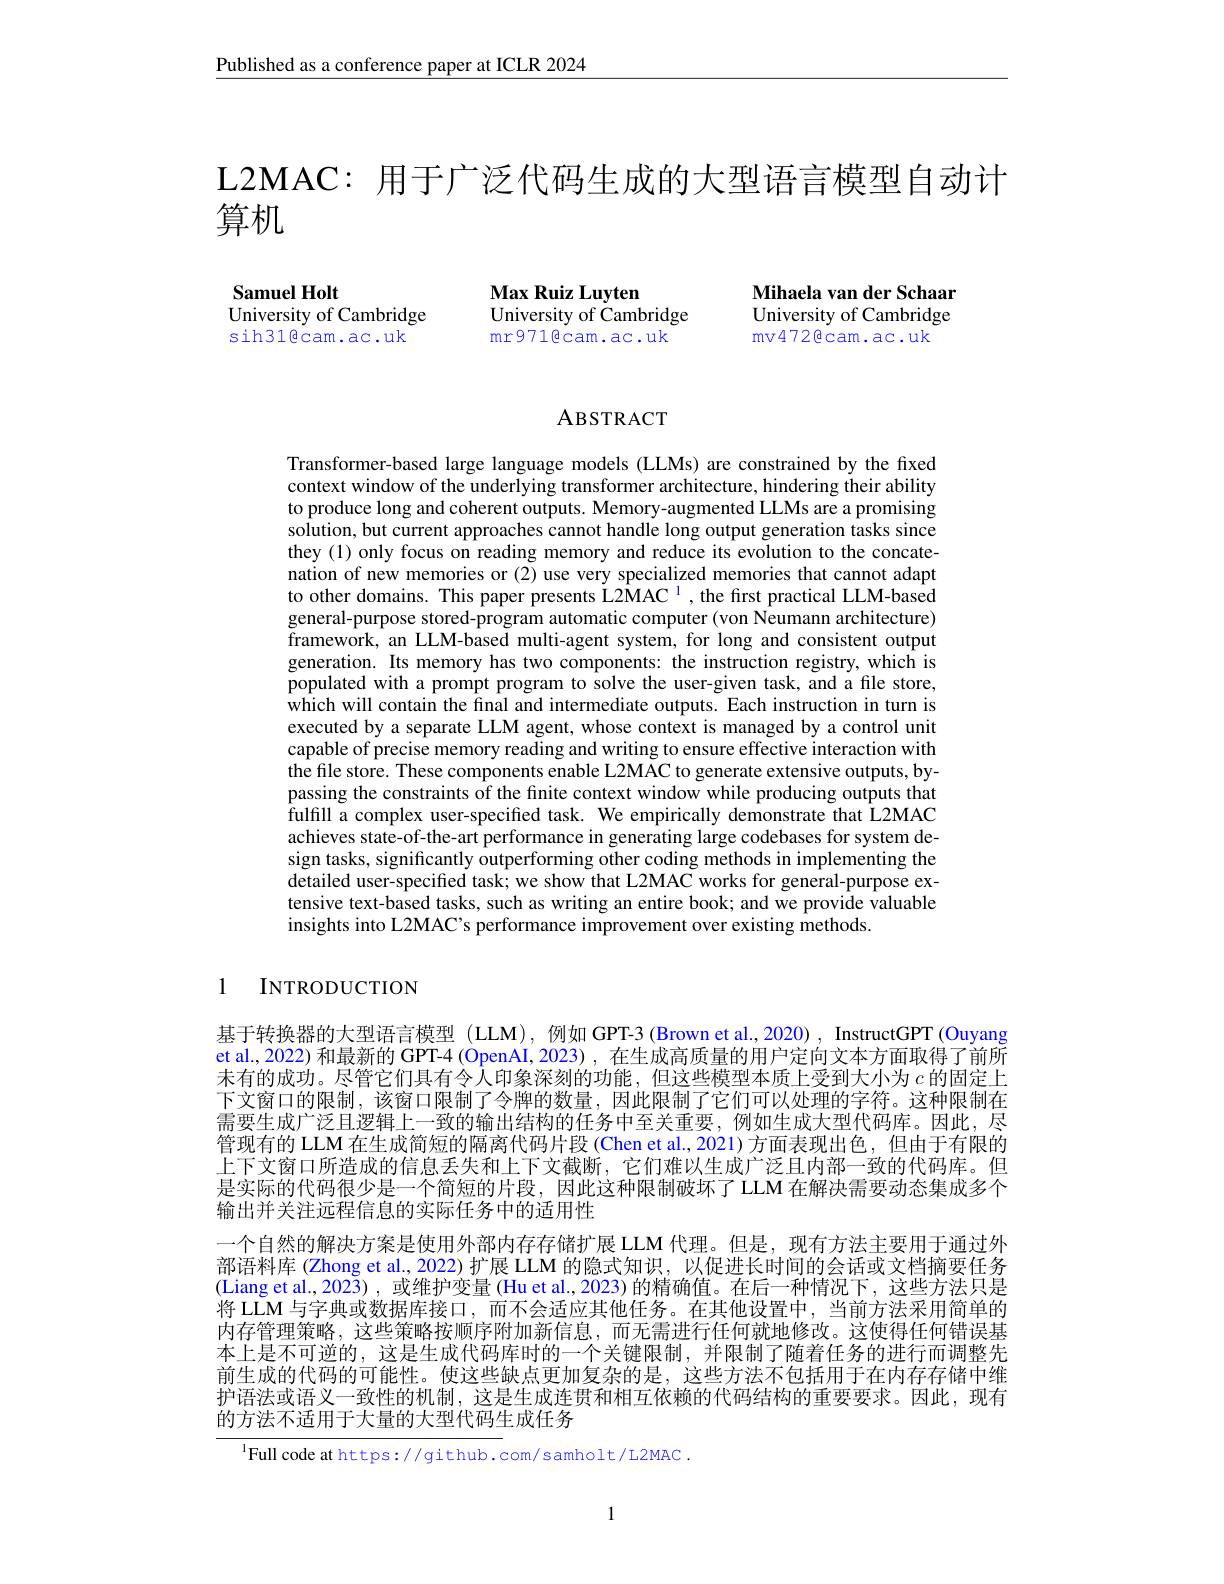
Published as a conference paper at ICLR 2024

L2MAC: 用于广泛代码生成的大型语言模型自动计
算机

Samuel Holt
University of Cambridge sih31@cam.ac.uk

Mihaela van der Schaar University of Cambridge mv472@cam.ac.uk

Max Ruiz Luyten
University of Cambridge mr971êcam.ac.uk

## ABSTRACT

Transformer-based large language models (LLMs) are constrained by the fixed context window of the underlying transformer architecture, hindering their ability to produce long and coherent outputs. Memory-augmented LLMs are a promising solution, but current approaches cannot handle long output generation tasks since they (1) only focus on reading memory and reduce its evolution to the concatenation of new memories or (2) use very specialized memories that cannot adapt to other domains. This paper presents L2MAC 1, the first practical LLM-based general-purpose stored-program automatic computer (von Neumann architecture) framework, an LLM-based multi-agent system, for long and consistent output generation. Its memory has two components: the instruction registry, which is populated with a prompt program to solve the user-given task, and a file store, which will contain the final and intermediate outputs. Each instruction in turn is executed by a separate LLM agent, whose context is managed by a control unit capable of precise memory reading and writing to ensure effective interaction with the file store. These components enable L2MAC to generate extensive outputs, bypassing the constraints of the finite context window while producing outputs that fulfill a complex user-specified task. We empirically demonstrate that L2MAC achieves state-of-the-art performance in generating large codebases for system design tasks, significantly outperforming other coding methods in implementing the detailed user-specified task; we show that L2MAC works for general-purpose extensive text-based tasks, such as writing an entire book; and we provide valuable insights into L2MAC's performance improvement over existing methods.

1 INTRODUCTION

基于转换器的大型语言模型 (LLM), 例如 GPT-3 (Brown et al, 2020), InstructGPT (Ouyang et al., 2022) 和最新的 GPT-4 (OpenAI, 2023) , 在生成高质量的用户定向文本方面取得了前所未有的成功。尽管它们具有令人印象深刻的功能，但这些模型本质上受到大小为$c$的固定上下文窗口的限制，该窗口限制了令牌的数量，因此限制了它们可以处理的字符。这种限制在需要生成广泛且逻辑上一致的输出结构的任务中至关重要，例如生成大型代码库。因此，尽管现有的 LLM 在生成简短的隔离代码片段 (Chen et al.,2021) 方面表现出色，但由于有限的上下文窗口所造成的信息丢失和上下文截断，它们难以生成广泛且内部一致的代码库。但是实际的代码很少是一个简短的片段，因此这种限制破坏了 LLM 在解决需要动态集成多个输出并关注远程信息的实际任务中的适用性
一个自然的解决方案是使用外部内存存储扩展 LLM 代理。但是，现有方法主要用于通过外部语料库 (Zhong et al., 2022) 扩展 LLM 的隐式知识，以促进长时间的会话或文档摘要任务(Liang et al., 2023) , 或维护变量 (Hu et al., 2023) 的精确值。在后一种情况下，这些方法只是将 LLM 与字典或数据库接口，而不会适应其他任务。在其他设置中，当前方法采用简单的内存管理策略，这些策略按顺序附加新信息，而无需进行任何就地修改。这使得任何错误基本上是不可逆的，这是生成代码库时的一个关键限制，并限制了随着任务的进行而调整先前生成的代码的可能性。使这些缺点更加复杂的是，这些方法不包括用于在内存存储中维护语法或语义一致性的机制，这是生成连贯和相互依赖的代码结构的重要要求。因此，现有的方法不适用于大量的大型代码生成任务

$^{1}$Full code at https://github.com/samholt/L2MAC.

1